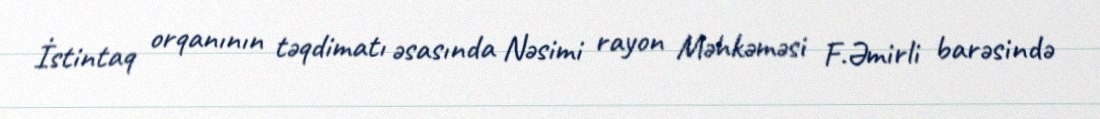
İstintaq orqanının təqdimatı əsasında Nəsimi rayon Məhkəməsi F.Əmirli barəsində